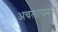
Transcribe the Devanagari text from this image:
अचलायमान